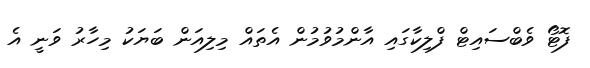
ފޮޓޯ ވެބްސައިޓް ފްލިކާގައި އާންމުވުމުން އެތައް މިލިއަން ބަޔަކު މިހާރު ވަނީ އެ